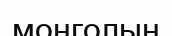
монголын